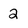
Character: 2